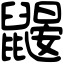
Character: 鼹